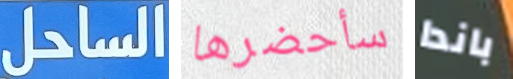
الساحل سأحضرها باندا